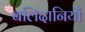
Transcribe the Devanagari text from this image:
बलिदानियों